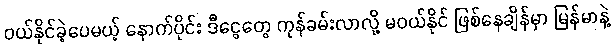
ဝယ်နိုင်ခဲ့ပေမယ့် နောက်ပိုင်း ဒီငွေတွေ ကုန်ခမ်းလာလို့ မဝယ်နိုင် ဖြစ်နေချိန်မှာ မြန်မာနဲ့